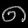
Digit: ၈